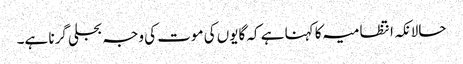
حالانکہ انتظامیہ کا کہنا ہے کہ گایوں کی موت کی وجہ بجلی گرنا ہے۔